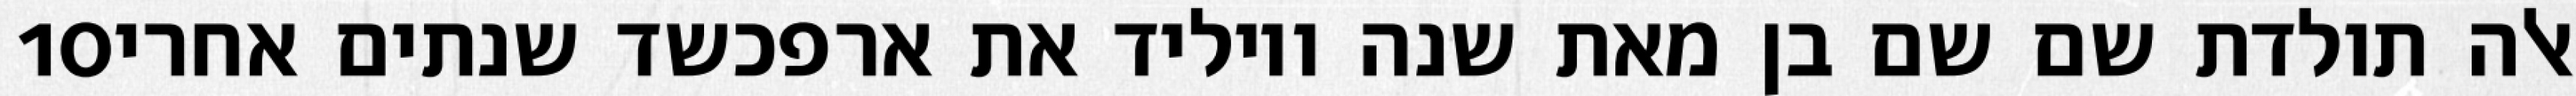
‎10‏ אלה תולדת שם שם בן מאת שנה ויוליד את ארפכשד שנתים אחרי